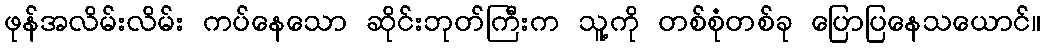
ဖုန်အလိမ်းလိမ်း ကပ်နေသော ဆိုင်းဘုတ်ကြီးက သူ့ကို တစ်စုံတစ်ခု ပြောပြနေသယောင်။